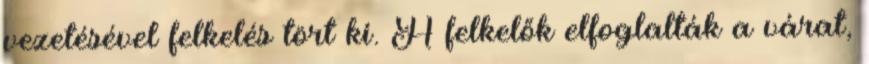
vezetésével felkelés tört ki. A felkelők elfoglalták a várat,